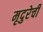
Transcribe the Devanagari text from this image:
मृदुरेची